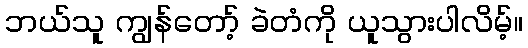
ဘယ်သူ ကျွန်တော့် ခဲတံကို ယူသွားပါလိမ့်။